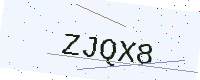
Text: ZJQX8